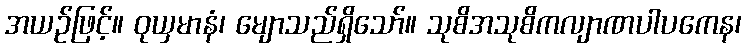
အယဉ်ဖြင့်။ ဝုယှမာနံ၊ မျောသည်ရှိသော်။ သုစိအသုစိကလျာဏပါပကေန၊